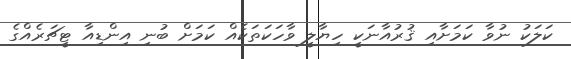
ކަލަކު ނުވާ ކަމަށާއި ޤުރުއާނަކީ ހިޔާލީ ވާހަކަތަކެއް ކަމަށް ބުނި އިންޑިއާ ޓީޗަރެއްގެ